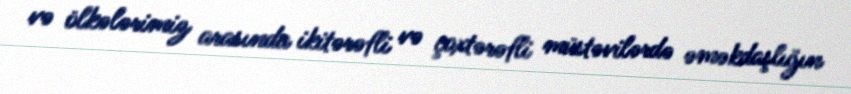
və ölkələrimiz arasında ikitərəfli və çoxtərəfli müstəvilərdə əməkdaşlığın